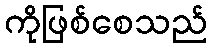
ကိုဖြစ်စေသည်